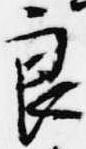
良